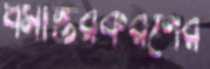
ধর্মান্তরকরণের